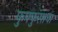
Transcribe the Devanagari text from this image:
फुफ्‍फुसाचा